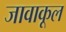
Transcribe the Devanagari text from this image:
जावाकूल